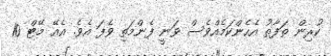
ކުރިން ތަފާތު އެހެންކަމެއްވެސް ވަނީ ފެންމަތި ވެފަ އެވެ. އެއޭ މޭޓް 10